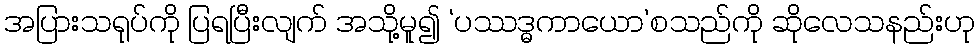
အပြားသရုပ်ကို ပြရပြီးလျက် အသို့မူ၍ ‘ပဿဒ္ဓကာယော’စသည်ကို ဆိုလေသနည်းဟု